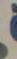
.